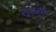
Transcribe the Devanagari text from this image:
ताब्या